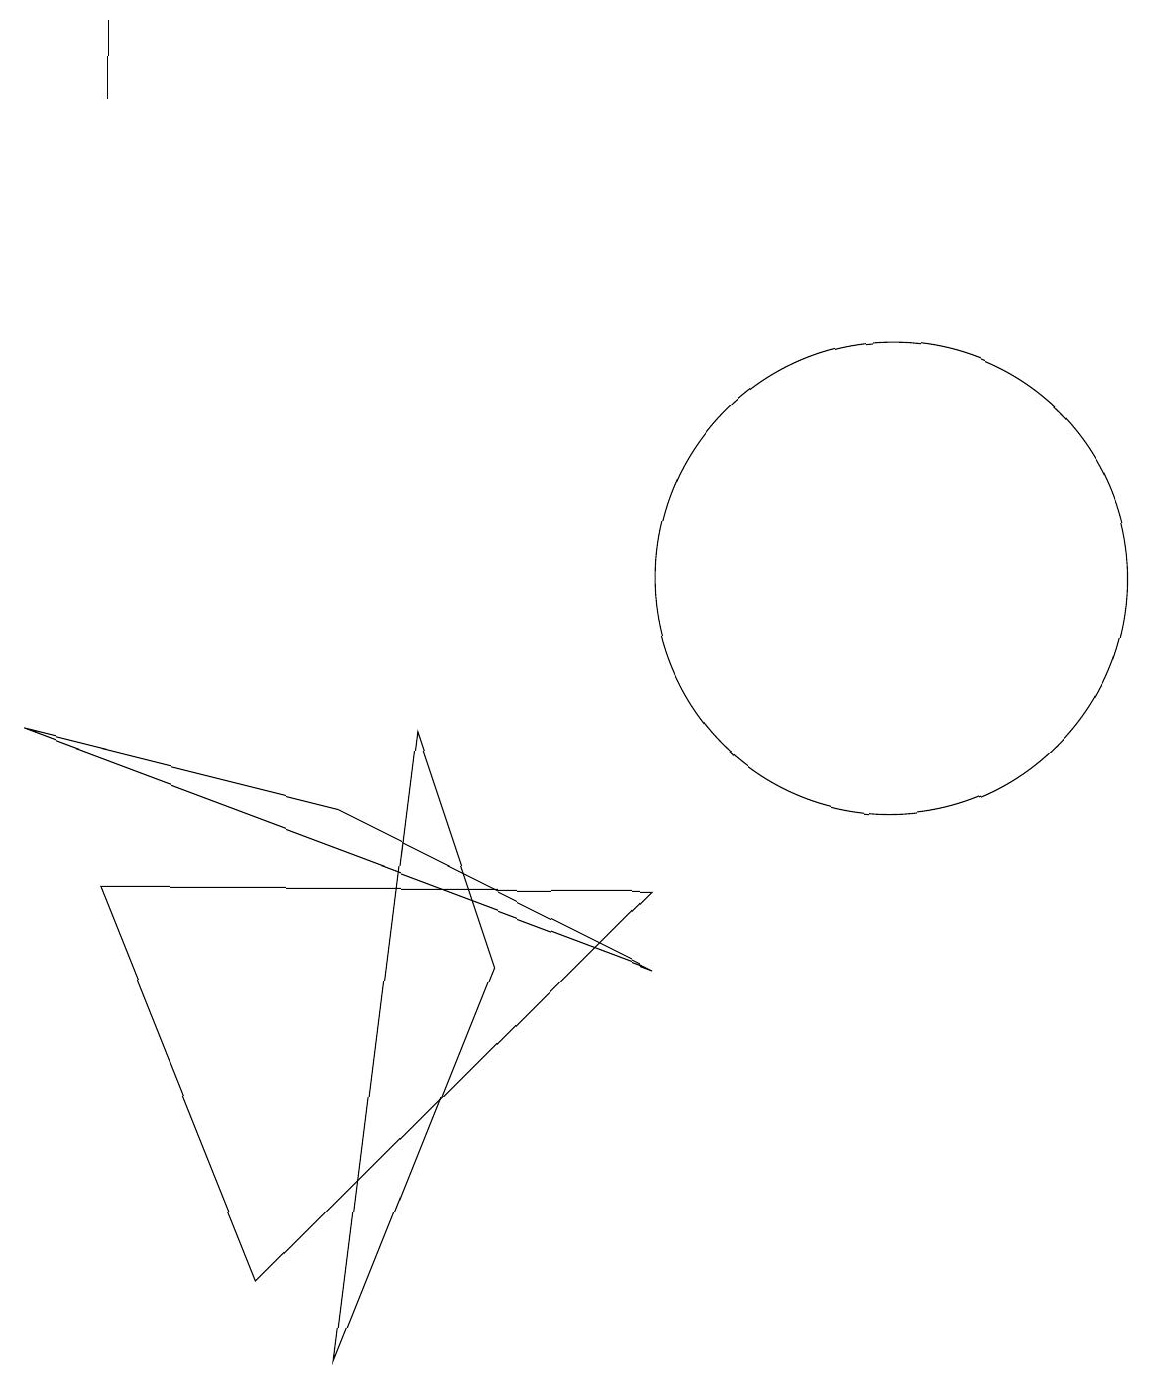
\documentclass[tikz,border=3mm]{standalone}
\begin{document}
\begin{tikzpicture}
\draw (6,5) -- (4,0) -- (5,8) -- cycle;
\draw (8,6) -- (3,1) -- (1,6) -- cycle;
\draw (11,10) circle (3);
\draw (11,12) circle (0);
\draw (8,5) -- (4,7) -- (0,8) -- cycle;
\draw (1,17) rectangle (1,16);
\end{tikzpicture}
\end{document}